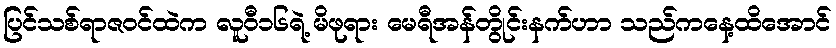
ပြင်သစ်ရာဇဝင်ထဲက လူဝီ၁၆ရဲ့ မိဖုရား မေရီအန်တွိုင်းနက်ဟာ သည်ကနေ့ထိအောင်